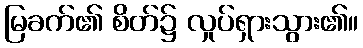
မြခက်၏ စိတ်၌ လှုပ်ရှားသွား၏။